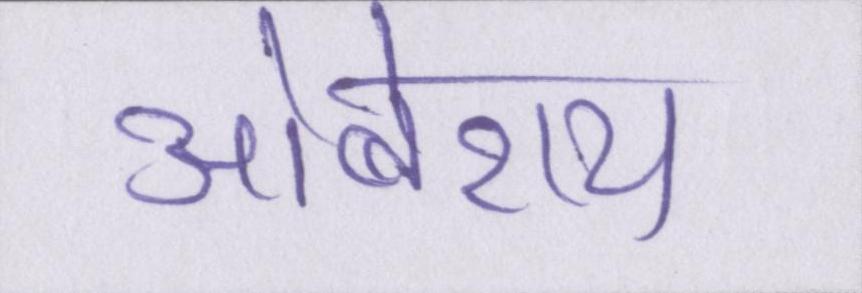
ओबेराय